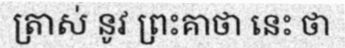
ត្រាស់ នូវ ព្រះគាថា នេះ ថា